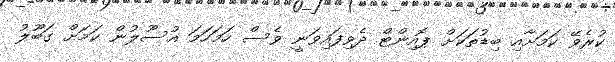
ކުރެވޭ ކަމަށާއި ބިޑުތަކަށް ޕޮއިންޓް ދެވިފައިވަނީ ވެސް ހަމަހަމަ އުސޫލުން ކަމަށް ގަބޫލު